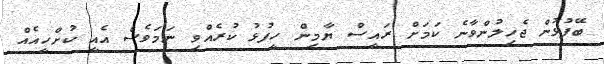
ބޭފުޅުން ޖެހިލުންވާނެ ކަމަށް ރައީސް ޔާމިން ހީފުޅު ކުރެއްވި ނަމަވެސް އެއީ ކުށްހީއެއް